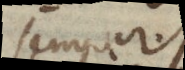
semper